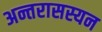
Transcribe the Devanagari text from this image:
अन्तरासस्यन